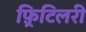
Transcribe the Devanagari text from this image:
फ़्रिटिलरी